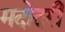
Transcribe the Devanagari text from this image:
मदोदरी